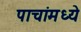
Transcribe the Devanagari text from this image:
पाचांमध्ये